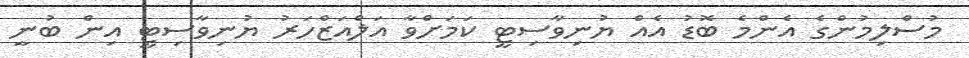
މުސްލިމުންގެ އެންމެ ބޮޑު އެއް ޔުނިވާސިޓީ ކަމަށްވާ އަލްއަޒްހަރު ޔުނިވާސިޓީ އިން ބުނީ